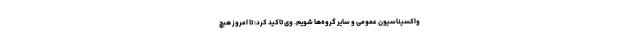
واکسیناسیون عمومی و سایر گروه‌ها شویم. وی تاکید کرد: تا امروز هیچ